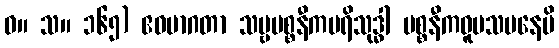
ဓ။ သ။ ၁၆၅) ဧဝမာဂတာ သဗ္ဗပစ္စနီကပရိသုဒ္ဓါ ပစ္စနီကဝူပသမနေပိ